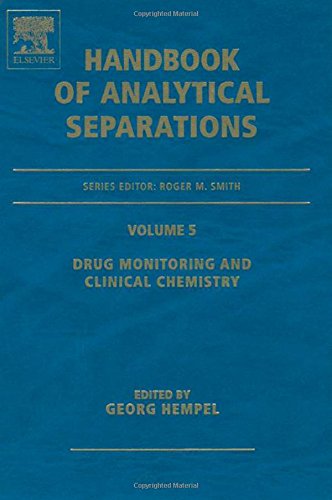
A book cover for Drug Monitoring and Clinical Chemistry, Volume 5 (Handbook of Analytical Separations); Georg Hempel; Medical Books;